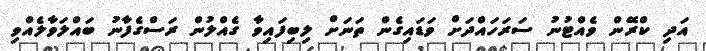
އަދި ކްރޭން ވެއްޓުނު ސަރަހައްދަށް ވަޑައިގެން ތަނަށް ލިބިފައިވާ ގެއްލުން ރަސްގެފާނު ބައްލަވާލެއްވި